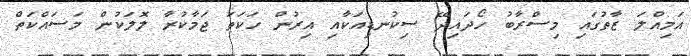
އަމިއްލަ ޒާތުގައި މިސްރާބު ހޯދައިދޭ ސިކުނޑިއަކާއި އިރުން ހަކަތަ ޖަމާކުރާ ލޮލަކުން މަސައްކަތް